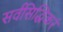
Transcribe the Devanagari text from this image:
सर्वसिद्धिकरं